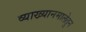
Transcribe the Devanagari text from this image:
व्याख्यानमालेतुन